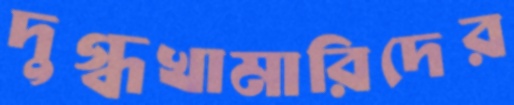
দুগ্ধখামারিদের